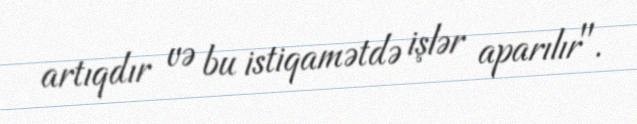
artıqdır və bu istiqamətdə işlər aparılır".